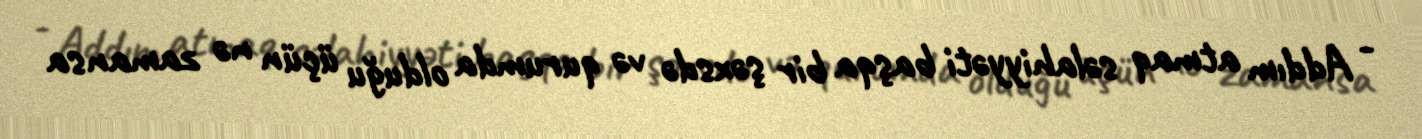
- Addım atmaq səlahiyyəti başqa bir şəxsdə və qurumda olduğu üçün nə zamansa